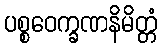
ပစ္စဝေက္ခဏနိမိတ္တံ